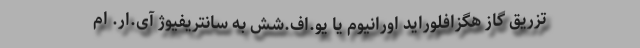
تزریق گاز هگزافلوراید اورانیوم یا یو.اف.شش به سانتریفیوژ آی.ار. ام